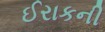
ઈરાકની